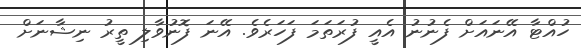
ހުއްޓާ އޭނައަށް ފެނުނު އެއީ ފުރަތަމަ ފަހަރެވެ. އޭނަ ފޮނުވާލި ތީރު ނިޝާނަށް